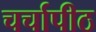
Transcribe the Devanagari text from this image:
चर्चापीठ